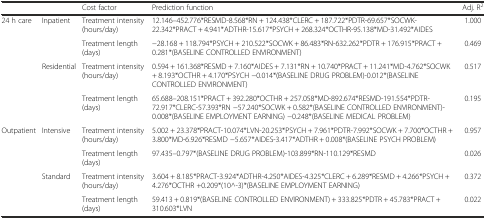
<table><thead><tr><td></td><td></td><td><b>Cost factor</b></td><td><b>Prediction function</b></td><td><b>Adj. R<sup>2</sup></b></td></tr></thead><tbody><tr><td rowspan="4">24 h care</td><td rowspan="2">Inpatient</td><td>Treatment intensity (hours/day)</td><td>12.146–452.776*RESMD-8.568*RN + 124.438*CLERC + 187.722*PDTR-69.657*SOCWK-22.342*PRACT + 4.941*ADTHR-15.617*PSYCH + 268.324*OCTHR-95.138*MD-31.492*AIDES</td><td>1.000</td></tr><tr><td>Treatment length (days)</td><td>−28.168 + 118.794*PSYCH + 210.522*SOCWK + 86.483*RN-632.262*PDTR + 176.915*PRACT + 0.281*(BASELINE CONTROLLED ENVIRONMENT)</td><td>0.469</td></tr><tr><td rowspan="2">Residential</td><td>Treatment intensity (hours/day)</td><td>0.594 + 161.368*RESMD + 7.160*AIDES + 7.131*RN + 10.740*PRACT + 11.241*MD-4.762*SOCWK + 8.193*OCTHR + 4.170*PSYCH −0.014*(BASELINE DRUG PROBLEM)-0.012*(BASELINE CONTROLLED ENVIRONMENT)</td><td>0.517</td></tr><tr><td>Treatment length (days)</td><td>65.688–208.151*PRACT + 392.280*OCTHR + 257.058*MD-892.674*RESMD-191.554*PDTR-72.917*CLERC-57.393*RN −57.240*SOCWK + 0.582*(BASELINE CONTROLLED ENVIRONMENT)-0.008*(BASELINE EMPLOYMENT EARNING) −0.248*(BASELINE MEDICAL PROBLEM)</td><td>0.195</td></tr><tr><td rowspan="4">Outpatient</td><td rowspan="2">Intensive</td><td>Treatment intensity (hours/day)</td><td>5.002 + 23.378*PRACT-10.074*LVN-20.253*PSYCH + 7.961*PDTR-7.992*SOCWK + 7.700*OCTHR + 3.800*MD-6.926*RESMD −5.657*AIDES-3.417*ADTHR + 0.008*(BASELINE PSYCH PROBLEM)</td><td>0.957</td></tr><tr><td>Treatment length (days)</td><td>97.435–0.797*(BASELINE DRUG PROBLEM)-103.899*RN-110.129*RESMD</td><td>0.026</td></tr><tr><td rowspan="2">Standard</td><td>Treatment intensity (hours/day)</td><td>3.604 + 8.185*PRACT-3.924*ADTHR-4.250*AIDES-4.325*CLERC + 6.289*RESMD + 4.266*PSYCH + 4.276*OCTHR +0.209*(10^-3)*(BASELINE EMPLOYMENT EARNING)</td><td>0.372</td></tr><tr><td>Treatment length (days)</td><td>59.413 + 0.819*(BASELINE CONTROLLED ENVIRONMENT) + 333.825*PDTR + 45.783*PRACT + 310.603*LVN</td><td>0.022</td></tr></tbody></table>